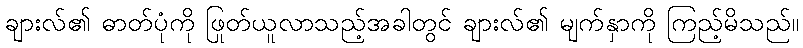
ချားလ်၏ ဓာတ်ပုံကို ဖြုတ်ယူလာသည့်အခါတွင် ချားလ်၏ မျက်နှာကို ကြည့်မိသည်။